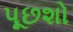
પૂછશો